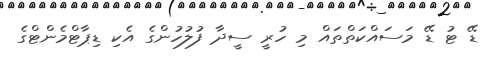
ޑޭ ޓު ޑޭ މަސައްކަތްތައް މި ހުރީ ސީދާ ފުލުހުންގެ އެކި ޑިޕާޓްމެންޓްގެ